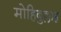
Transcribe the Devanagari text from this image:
मोहिबुल्लाह